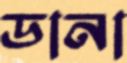
ডানা